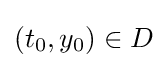
(t_{0},y_{0})\in D